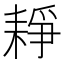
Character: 𦓺